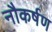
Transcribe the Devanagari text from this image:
नौकर्षण